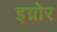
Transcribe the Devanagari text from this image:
इग्नोर